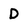
Character: D